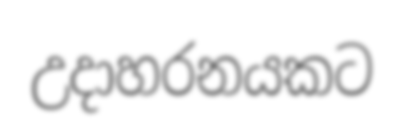
උදාහරනයකට